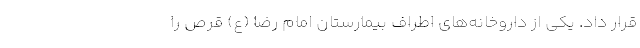
قرار داد. یکی از داروخانه‌های اطراف بیمارستان امام رضا (ع) قرص را